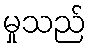
မှုသည်